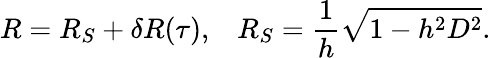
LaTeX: R=R_{S}+\delta R(\tau),\; \; \; R_{S}=\frac{1}{h}\sqrt{1-h^{2}D^{2}}.